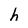
Character: h